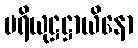
ပရိယုဋ္ဌဋ္ဌာယိနော